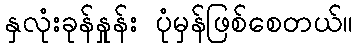
နှလုံးခုန်နှုန်း ပုံမှန်ဖြစ်စေတယ်။